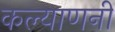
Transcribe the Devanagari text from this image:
कल्याणनी